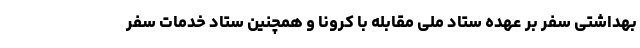
بهداشتی سفر بر عهده ستاد ملی مقابله با کرونا و همچنین ستاد خدمات سفر